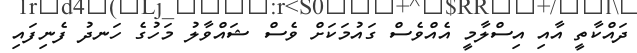
ދައްކާތީ އާއި އިސްލާމީ އެއްވެސް ގައުމަކަށް ވެސް ޝައްވާލު މަހުގެ ހަނދު ފެނިފައި